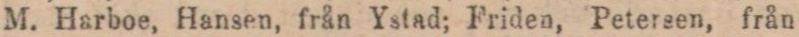
M. Harboe, Hansen, från Ystad; Friden, Petersen, från